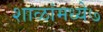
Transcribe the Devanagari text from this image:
शाळांमध्ये७